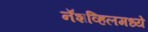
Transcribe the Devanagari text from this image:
नॅशव्हिलमध्ये